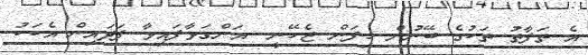
އެ ތަފާތު ތަކުގެ ބޭނުން ހިފަން ޖެހޭނީ  އަންގަވާފައިވާ ފަދައިން އެކަކު